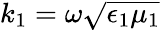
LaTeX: k_{1}=\omega\sqrt{\epsilon_{1}\mu_{1}}